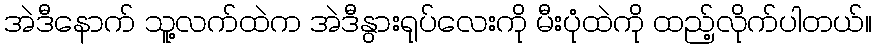
အဲဒီနောက် သူ့လက်ထဲက အဲဒီနွားရုပ်လေးကို မီးပုံထဲကို ထည့်လိုက်ပါတယ်။